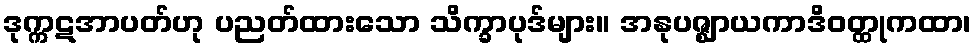
ဒုက္ကဋအာပတ်ဟု ပညတ်ထားသော သိက္ခာပုဒ်များ။ အနုပဇ္ဈာယကာဒိဝတ္ထုကထာ၊